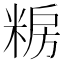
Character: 𮇫